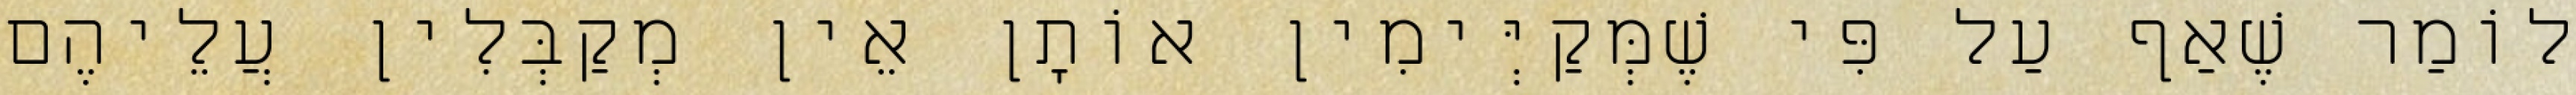
לוֹמַר שֶׁאַף עַל פִּי שֶׁמְּקַיְּימִין אוֹתָן אֵין מְקַבְּלִין עֲלֵיהֶם